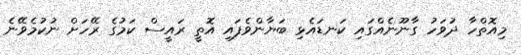
މިއޮތްހާ ދުވަހު ގާނޫނެއްގައި ކަނޑައެޅި ބަޔާންވެފައި އޮތީ ރައީސް ކަމުގެ ރޭހަށް ނުކުމެވޭނެ